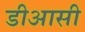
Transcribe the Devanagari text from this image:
डीआसी